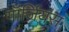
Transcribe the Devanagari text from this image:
गॉर्जियस